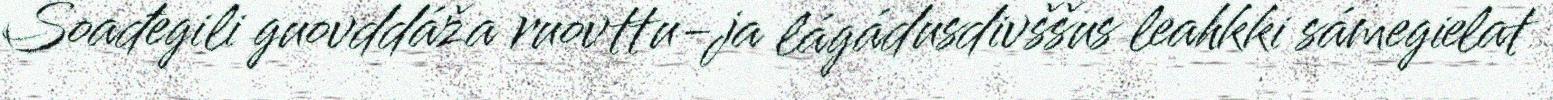
Soađegili guovddáža ruovttu-ja lágádusdivššus leahkki sámegielat